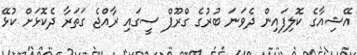
އޭޝިއާގެ ކޮލިފައިން ދެވަނަ ބުރުގެ ގްރޫޕް ސީގައި ރާއްޖެ ގަތަރާ ދެކޮޅަށް ކުޅޭ